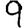
Digit: 9